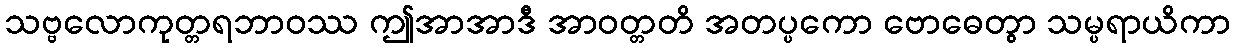
သဗ္ဗလောကုတ္တရဘာဝဿ ဤအာအာဒီ အာဝတ္တတိ အတပ္ပကော ဗောဓေတွာ သမ္ပရာယိကာ